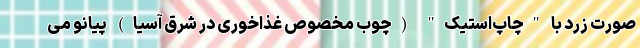
صورت زرد با "چاپ‌استیک" (چوب مخصوص غذاخوری در شرق آسیا) پیانو می‌